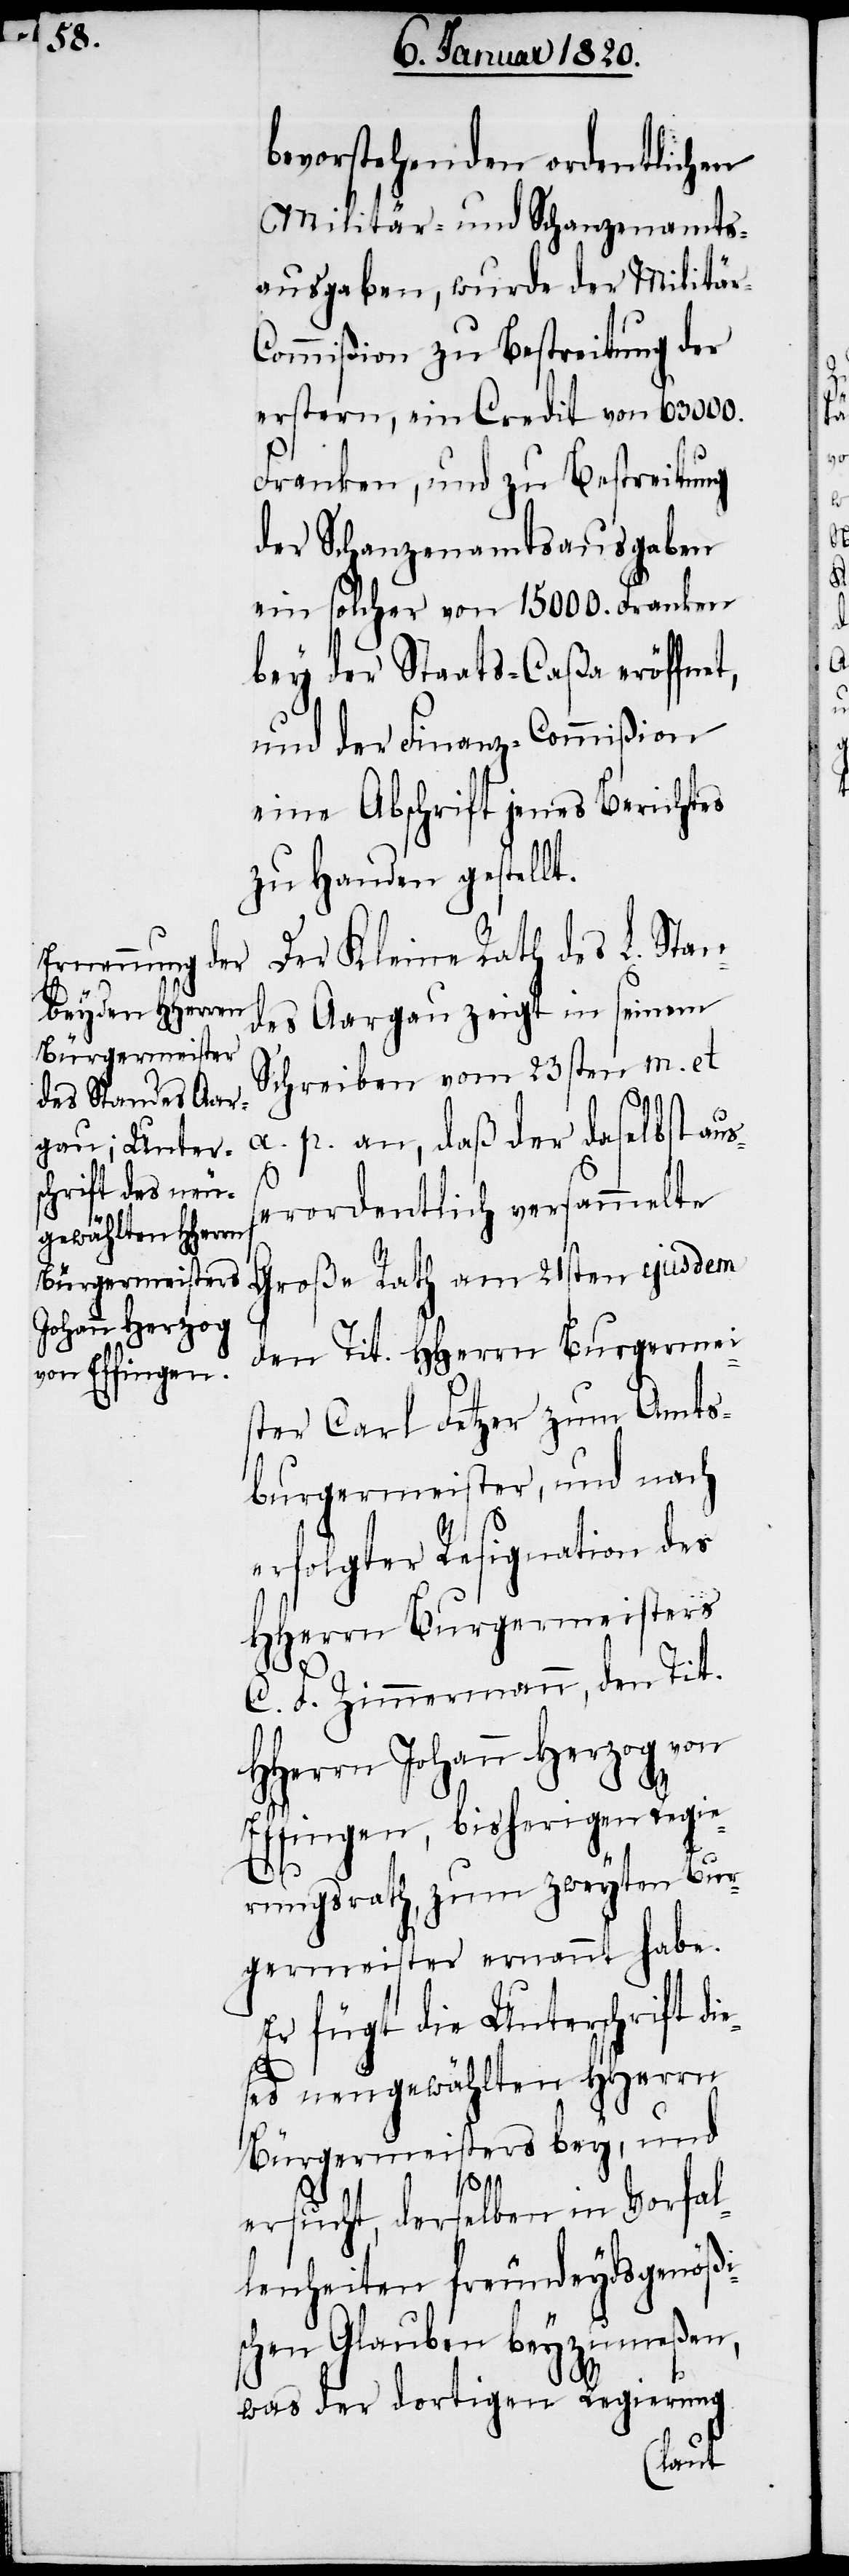
ß¬

bevorstehenden ordentlichen
Militär- und Schanzenamts¬
ausgaben, wurde der Militä¬
ommißion zu Bestreitung der
erstern, ein Credit von 63000.
Franken, und zu Bestreitung
der Schanzenamtsausgaben
ein solcher von 15000. Franken
bey der Staats-Caßa eröffnet,
und der Finanz-Commißion
eine Abschrift jenes Berichtes
zu Handen gestellt.
Der Kleine Rath des L. Stan¬
des Aargau zeigt in seinem
Schreiben vom 23sten m. et
a. p. an, daß der daselbst au¬
erordentlich versammelte
Große Rath am 21sten ejusdem
den Tit. HHerrn Burgermei¬
ster Carl Fetzer zum Amts¬
burgermeister, und nach
erfolgter Resignation des
HHerrn Burgermeisters
C. F. Zimmermann, den Tit.
HHerrn Johann Herzog von
Effingen, bisherigen Regie¬
r-C¬
rungsrath, zum zweyten Bur¬
germeister ernannt habe.
Er fügt die Unterschrift di¬
eses neugewählten HHerrn
Bürgermeisters bey, und
ersucht, derselben in Vorfal¬
lenheiten freundeydsgenößi¬
schen Glauben beyzumeßen,
was der dortigen Regierung